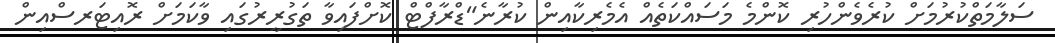
ސަލާމަތްކުުރުމަށް ކުރެވެންހުރި ކޮންމެ މަސައްކަތެއް އެމެރިކާއިން ކުރާނެ"ޑްރާފްޓް ކޮށްފައިވާ ތަގުރީރުގައި ވާކަމަށް ރޮއިޓަރސްއިން